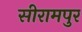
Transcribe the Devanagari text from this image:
सीरामपुर